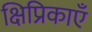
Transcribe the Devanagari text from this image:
क्षिप्रिकाएँ